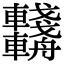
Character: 𨏺